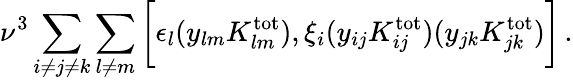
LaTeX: \nu^{3}\sum_{i\ne j\ne k}\sum_{l\ne m}\bigg[\epsilon_{l}(y_{lm}K_{lm}^{\mathrm{tot}}),\xi_{i}(y_{ij}K_{ij}^{\mathrm{tot}})(y_{jk}K_{jk}^{\mathrm{tot}})\bigg]\, .